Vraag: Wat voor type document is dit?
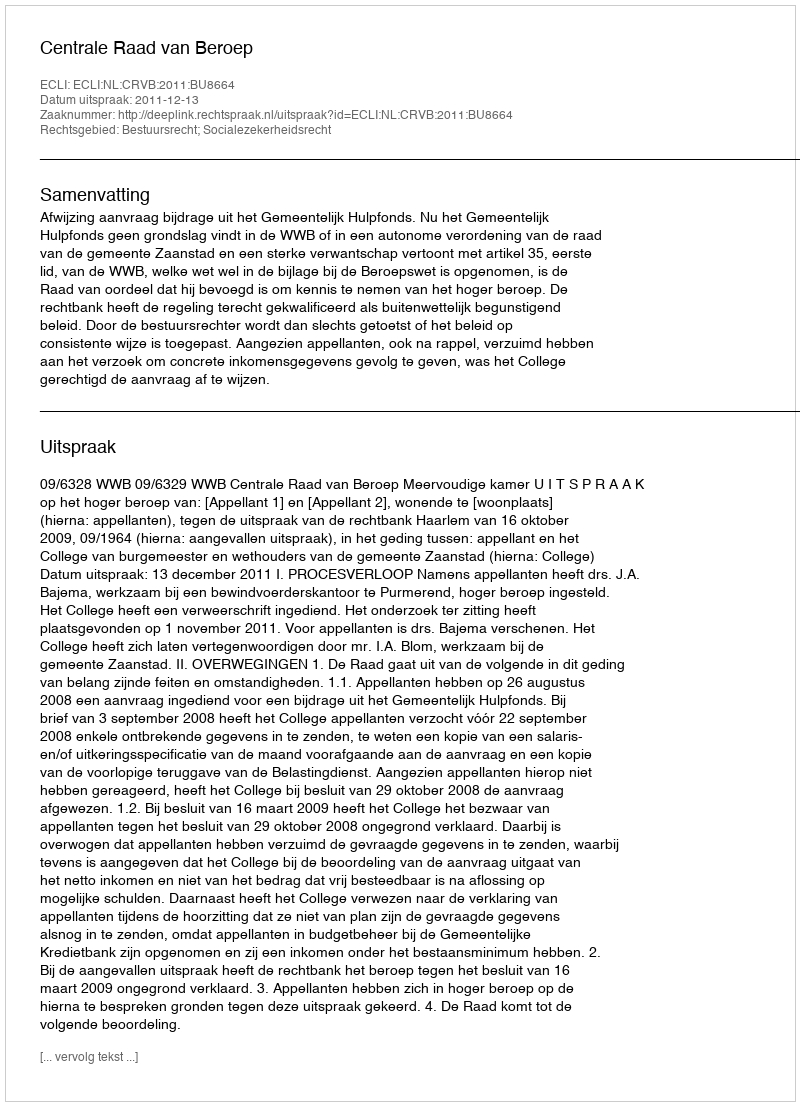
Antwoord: Uitspraak